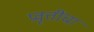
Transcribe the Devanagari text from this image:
प्रवृत्तींचा